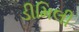
ડીમિલી